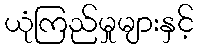
ယုံကြည်မှုများနှင့်